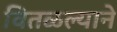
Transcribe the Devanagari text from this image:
वितळल्याने